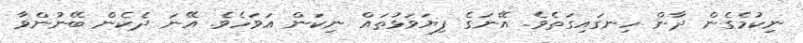
ނިކުމެގެން ދާން ހިނގައިގަތެވެ. އޭނަގެ ފިޔަވަޅުތައް ނިކަން އަވަހެވެ. އޭނަ ދެކެން ބޭނުންވާ